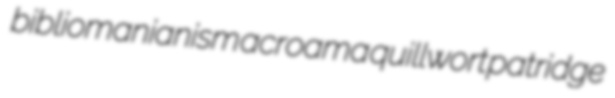
bibliomanianism acroama quillwort patridge